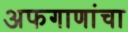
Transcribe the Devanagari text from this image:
अफगाणांचा